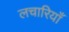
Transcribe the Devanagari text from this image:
लचारियाँ